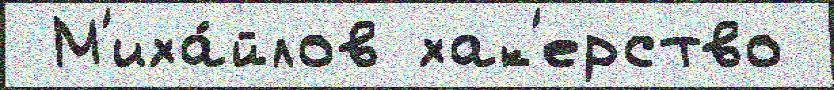
 М'иха́йлов хак'ерство